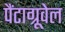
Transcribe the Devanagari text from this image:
पैंटाग्रूवेल